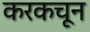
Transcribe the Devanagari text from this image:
करकचून